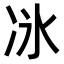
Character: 𫥇